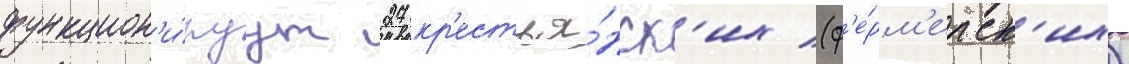
функцион'и́руут 27 кр'естья́нск'их (ф'е́рм'ерск'их)